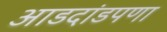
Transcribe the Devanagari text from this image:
आडदांडपणा